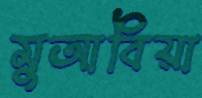
মুআবিয়া